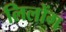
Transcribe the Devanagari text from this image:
लिलोंग